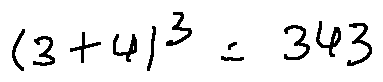
( 3 + 4 ) ^ { 3 } = 3 4 3